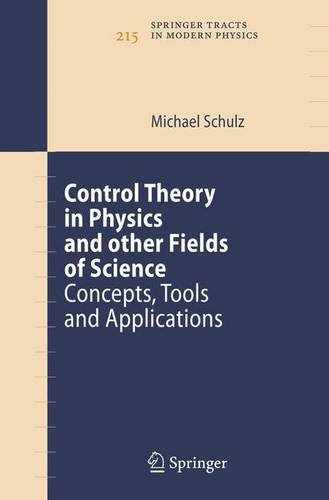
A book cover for Control Theory in Physics and Other Fields of Science: Concepts, Tools, and Applications (Springer Tracts in Modern Physics); Michael Schulz; Computers & Technology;